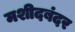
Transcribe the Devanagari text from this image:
मशीदबंदर